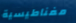
مغناطيسية